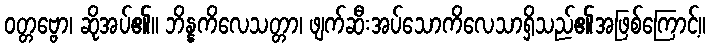
ဝတ္တဗ္ဗော၊ ဆိုအပ်၏။ ဘိန္နကိလေသတ္တာ၊ ဖျက်ဆီးအပ်သောကိလေသာရှိသည်၏အဖြစ်ကြောင့်။